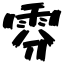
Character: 雰